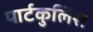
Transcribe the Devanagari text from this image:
पार्टकुलिस